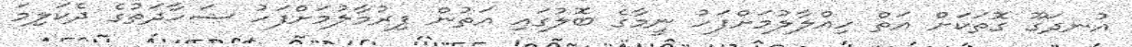
އުނދަގޫ ގޮތަކަށް އަތް ހިއްލާލުމަށްފަހު ނީމާގެ ބޮލުގައި އަތުން ފިރުމާލުމަށްފަހު ޝަހާދަތުގެ ދެކަލިމަ